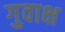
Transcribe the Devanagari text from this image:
गुवाक्ष